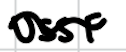
Text: USSF
Cross-out: wave
Writing tool: digital_black